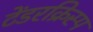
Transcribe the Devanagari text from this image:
टेंडरक्रिस्प